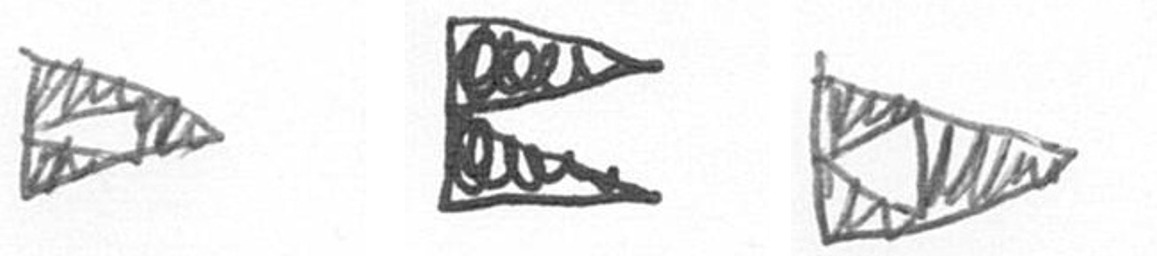
K P K